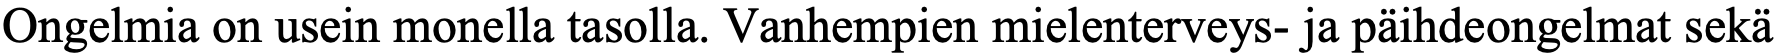
Ongelmia on usein monella tasolla. Vanhempien mielenterveys- ja päihdeongelmat sekä